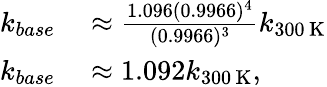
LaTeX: \begin{array}{rl}{k_{base}}&{{}\approx\frac{1.096(0.9966)^{4}}{(0.9966)^{3}}k_{300\, \mathrm{K}}}\\ {k_{base}}&{{}\approx 1.092k_{300\, \mathrm{K}},}\end{array}